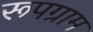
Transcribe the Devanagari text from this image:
रूपग्राम